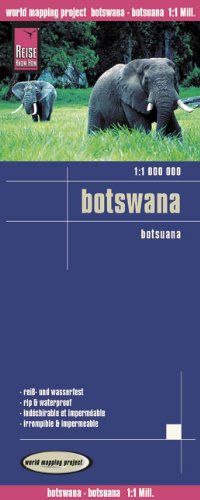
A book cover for Botswana; Reise Know-How Verlag; Travel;